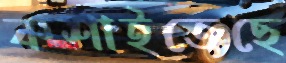
কশাইতেছে